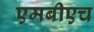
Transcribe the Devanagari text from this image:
एमबीएच